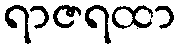
ရာဇရထာ